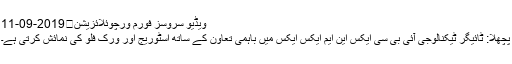
ویڈیو سروسز فورم ورچوئلائزیشن	2019-09-11
پچھلا: ٹائیگر ٹیکنالوجی آئی بی سی ایکس این ایم ایکس ایکس میں باہمی تعاون کے ساتھ اسٹوریج اور ورک فلو کی نمائش کرتی ہے۔